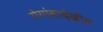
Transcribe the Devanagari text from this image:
रोगांवरदेखील